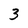
Character: 3